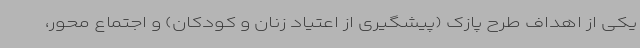
یکی از اهداف طرح پازک (پیشگیری از اعتیاد زنان و کودکان) و اجتماع محور،